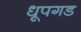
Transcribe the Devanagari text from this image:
धूपगड